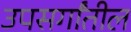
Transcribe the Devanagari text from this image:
उपसर्गांतील